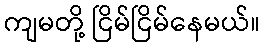
ကျမတို့ ငြိမ်ငြိမ်နေမယ်။